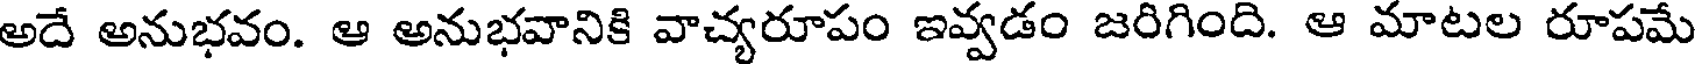
అదే అనుభవం. ఆ అనుభవానికి వాచ్యరూపం ఇవ్వడం జరిగింది. ఆ మాటల రూపమే